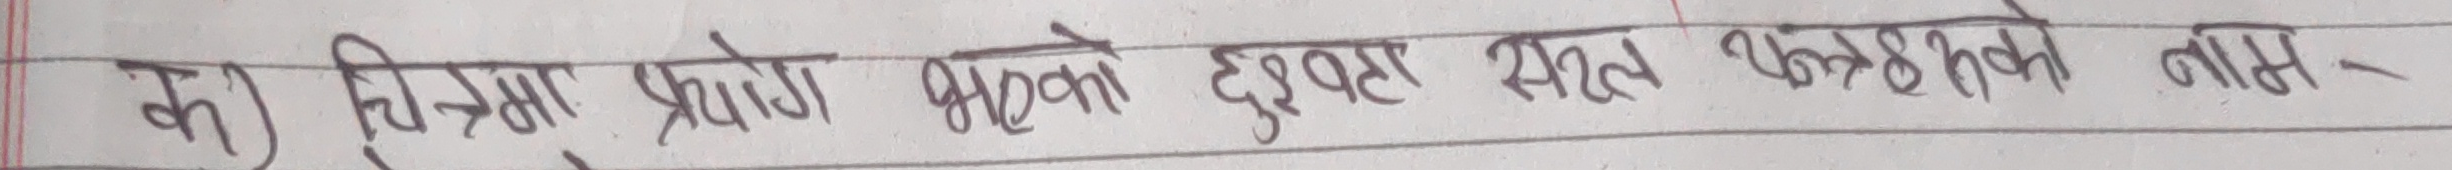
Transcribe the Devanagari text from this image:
क) चित्रमा प्रयोग भएको दुइवटा स्थल वकतिको नाम -